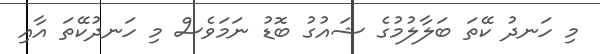
މި ހަނދު ކޭތަ ބަލާލުމުގެ ޝައުގު ބޮޑު ނަމަވެސް މި ހަނދުކޭތަ އާއި